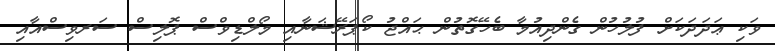
ވަކި ޢަދަދަކަށް ފުލުހުން ގެންދިއުމާ ބެހޭގޮތުން ޙައްޖު ކޯޕަރޭޝަނާއި މޯލްޑިވްސް ޕޮލިސް ސަރވިސްއާއި